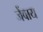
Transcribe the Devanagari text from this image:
जेंवाय